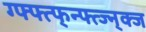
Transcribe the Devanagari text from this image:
ग्फ्फ्त्फ्न्फ्त्ज्न्क्ज